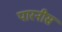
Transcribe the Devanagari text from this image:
पारनीस